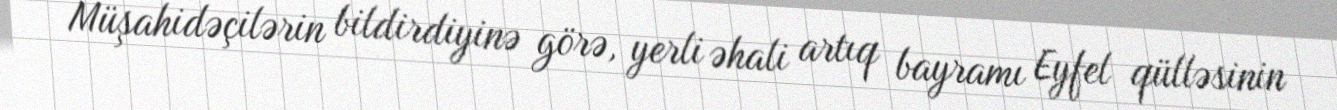
Müşahidəçilərin bildirdiyinə görə, yerli əhali artıq bayramı Eyfel qülləsinin